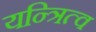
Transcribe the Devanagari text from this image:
यन्त्रित्व